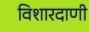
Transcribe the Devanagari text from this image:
विशारदाणी